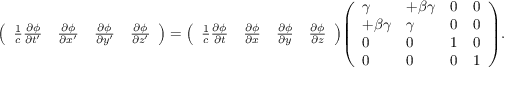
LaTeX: { \left( \begin{array} { l l l l } { { \frac { 1 } { c } } { \frac { \partial \phi } { \partial t ^ { \prime } } } } & { { \frac { \partial \phi } { \partial x ^ { \prime } } } } & { { \frac { \partial \phi } { \partial y ^ { \prime } } } } & { { \frac { \partial \phi } { \partial z ^ { \prime } } } } \end{array} \right) } = { \left( \begin{array} { l l l l } { { \frac { 1 } { c } } { \frac { \partial \phi } { \partial t } } } & { { \frac { \partial \phi } { \partial x } } } & { { \frac { \partial \phi } { \partial y } } } & { { \frac { \partial \phi } { \partial z } } } \end{array} \right) } { \left( \begin{array} { l l l l } { \gamma } & { + \beta \gamma } & { 0 } & { 0 } \\ { + \beta \gamma } & { \gamma } & { 0 } & { 0 } \\ { 0 } & { 0 } & { 1 } & { 0 } \\ { 0 } & { 0 } & { 0 } & { 1 } \end{array} \right) } .